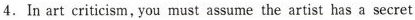
4. In art criticism, you must assume the artist has a secret